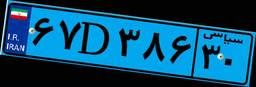
۶۷D۳۸۶۳۰